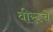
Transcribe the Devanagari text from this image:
वीरूचे